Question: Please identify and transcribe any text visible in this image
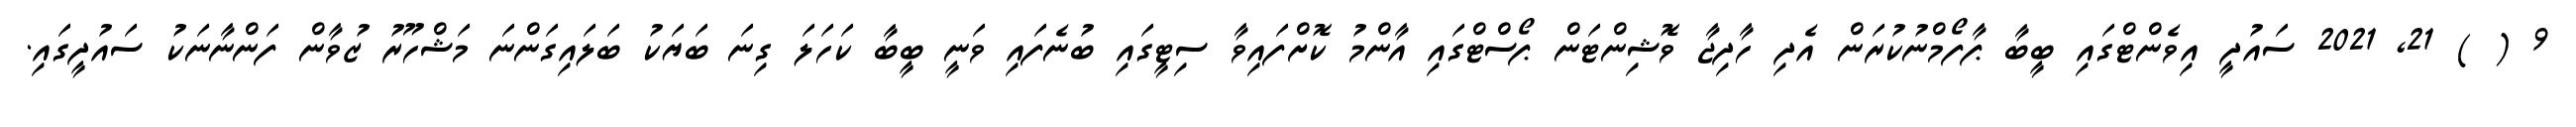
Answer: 9 ( ) 21, 2021 ސައުދީ އިވެންޓްގައި ބީބާ ޕާފޯމްނުކުރަން އެދި ހާދިޖާ ވޮޝިންޓަން ޕޯސްޓްގައި އާންމު ކޮށްފައިވާ ސިޓީގައި ބުނެފައި ވަނީ ބީބާ ކަހަލަ ގިނަ ބަޔަކު ބަލައިގަންނަ މަޝްހޫރު ޒުވާން ފަންނާނަކު ސައުދީގައި.